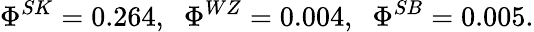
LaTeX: \Phi^{SK}=0.264,\; \; \Phi^{WZ}=0.004,\; \; \Phi^{SB}=0.005.